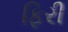
ફિરી